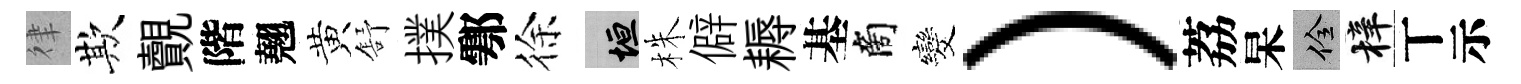
律欺覿階翹黄舒撲鄠徐垣株僻耨基商发）荔杲佺梓丅示